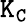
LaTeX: \mathtt{K_{C}}